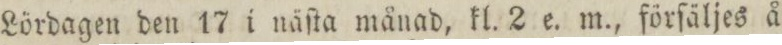
Lördagen den 17 i näſta månad, kl. 2 e. m., förſäljes å